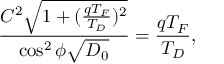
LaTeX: \frac { C ^ { 2 } \sqrt { 1 + ( \frac { q T _ { F } } { T _ { D } } ) ^ { 2 } } } { \cos ^ { 2 } \phi \sqrt { D _ { 0 } } } = \frac { q T _ { F } } { T _ { D } } ,